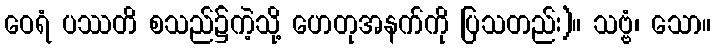
ဝေရံ ပဿတိ စသည်၌ကဲ့သို့ ဟေတုအနက်ကို ပြသတည်း)။ သဗ္ဗံ၊ သော။